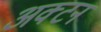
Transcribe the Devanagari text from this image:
अक्टन